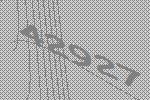
42927